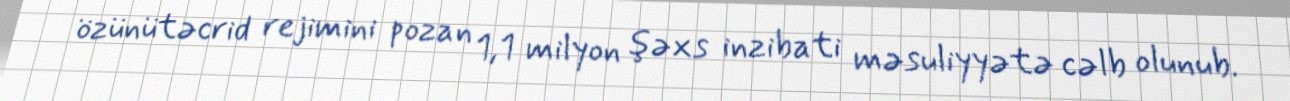
özünütəcrid rejimini pozan 1,1 milyon şəxs inzibati məsuliyyətə cəlb olunub.